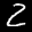
Label: 2